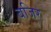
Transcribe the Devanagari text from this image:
बजिर